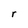
Character: r